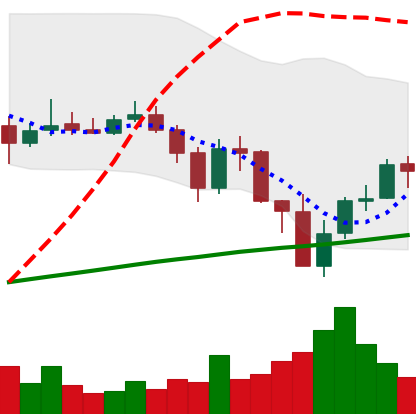
Ticker: BNB-USD
Chart end date: 2019-07-21
Forward return: -5.047%
Label: down_5_7